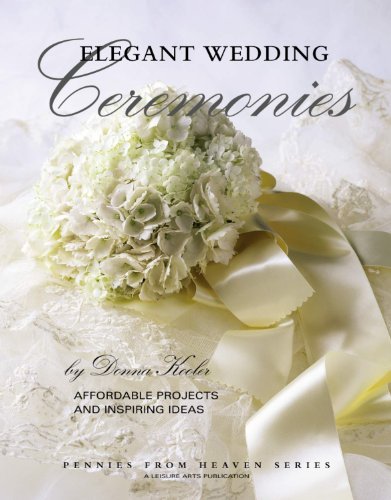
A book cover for Elegant Wedding Ceremonies (Leisure Arts #15889) (Pennies from Heaven); Donna Kooler Designs; Crafts, Hobbies & Home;